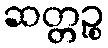
ဆတ္တဉ္စ